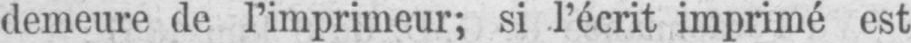
demeure de l’imprimeur; si l’écrit imprimé est